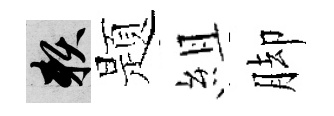
賴题組脚